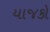
યાજકો